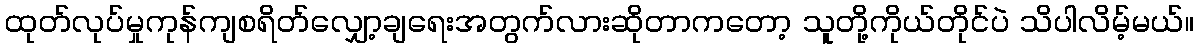
ထုတ်လုပ်မှုကုန်ကျစရိတ်လျှော့ချရေးအတွက်လားဆိုတာကတော့ သူတို့ကိုယ်တိုင်ပဲ သိပါလိမ့်မယ်။